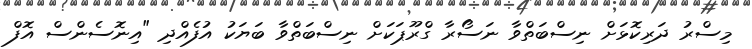
މިސްރު ދަރިކޮޅަށް ނިސްބަތްވާ ނަސޯރާ ގްރޫޕަކަށް ނިސްބަތްވާ ބަޔަކު އުފެއްދި "އިނޮސެންސް އޮފް